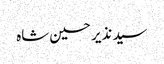
سید نذیر حسین شاه